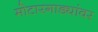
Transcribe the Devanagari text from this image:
मोटारगाड्यांवर